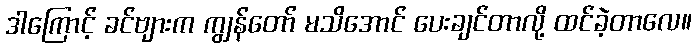
ဒါကြောင့် ခင်ဗျားက ကျွန်တော် မသိအောင် ပေးချင်တာလို့ ထင်ခဲ့တာလေ။